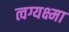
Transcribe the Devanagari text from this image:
त्वग्यक्ष्मा